[Report on the health of British troops in the Madras command]
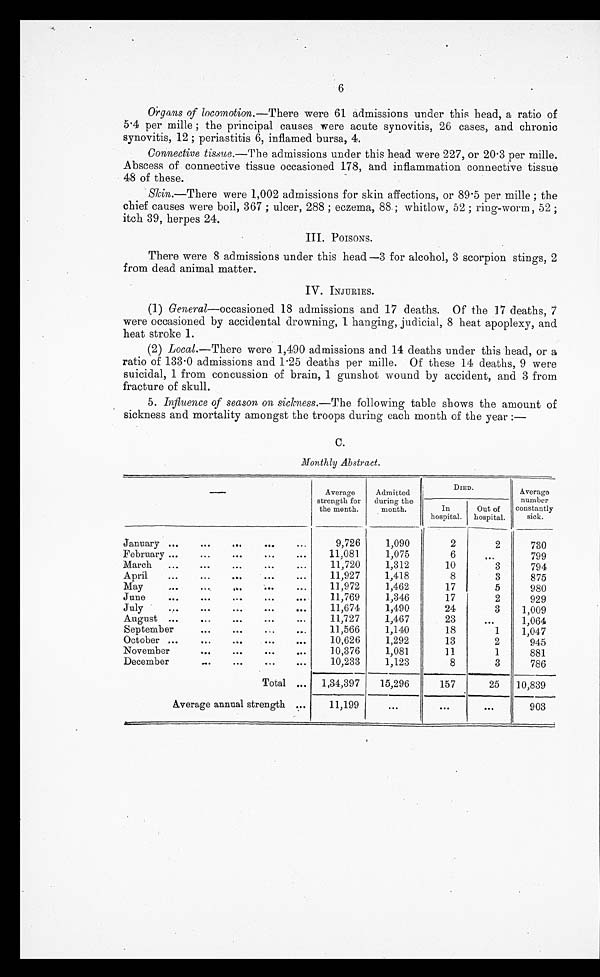
6
Organs of locomotion.— There were 61 admissions under this head, a ratio of
5.4 per mille; the principal causes were acute synovitis, 26 cases, and chronic
synovitis, 12; periastitis 6, inflamed bursa, 4.
Connective tissue.—The admissions under this head were 227, or 20.3 per mille.
Abscess of connective tissue occasioned 178, and inflammation connective tissue
48 of these.
Skin.—There were 1,002 admissions for skin affections, or 89.5 per mille; the
chief causes were boil, 367; ulcer, 288; eczema, 88; whitlow, 52; ring-worm, 52;
itch 39, herpes 24.
There were 8 admissions under this head—3 for alcohol, 3 scorpion stings, 2
from dead animal matter.
(1) General—occasioned 18 admissions and 17 deaths. Of the 17 deaths, 7
were occasioned by accidental drowning, 1 hanging, judicial, 8 heat apoplexy, and
heat stroke 1.
(2) Local.—There were 1,490 admissions and 14 deaths under this head, or a
ratio of 133.0 admissions and 1.25 deaths per mille. Of these 14 deaths, 9 were
suicidal, 1 from concussion of brain, 1 gunshot wound by accident, and 3 from
fracture of skull.
5. Influence of season on sickness.— The following table shows the amount of
sickness and mortality amongst the troops during each month of the year:
—
C.
Monthly Abstract.
—
Average
strength for
the month.
Admitted
during the
month.
DIED.
Average
number
constantly
sick.
In
hospital.
Out of
hospital.
January . . .
9,726
1,090
2
2
730
February . . .
11,081
1,075
6
. . .
799
March . . .
11,720
1,312
10
3
794
April . . .
11,927
1,418
8
3
875
May . . .
11,972
1,462
17
5
980
June . . .
11,769
1,346
17
2
929
July . . .
11,674
1,490
24
3
1,009
August
. . .
11,727
1,467
23
. . .
1,064
September . . .
11,566
1,140
18
1
1,047
October . . .
10,626
1,292
13
2
945
November . . .
10,376
1,081
11
1
881
December . . .
10,233
1,123
8
3
786
Total . . .
1,34,397
15,296
157
25
10,839
Average annual strength . . .
11,199
. . .
. . .
. . .
903